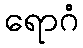
ရောဂံ